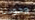
وجودنا